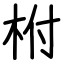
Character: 柎